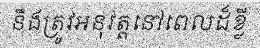
នឹងត្រូវអនុវត្តនៅពេលដ៏ខ្លី